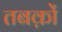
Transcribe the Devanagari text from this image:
तबक़ों